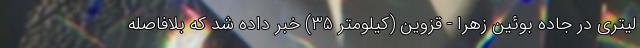
لیتری در جاده بوئین زهرا - قزوین (کیلومتر 35) خبر داده شد که بلافاصله